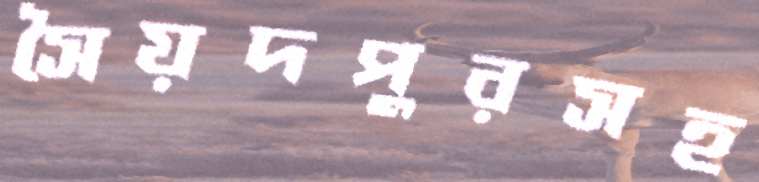
সৈয়দপুরসহ